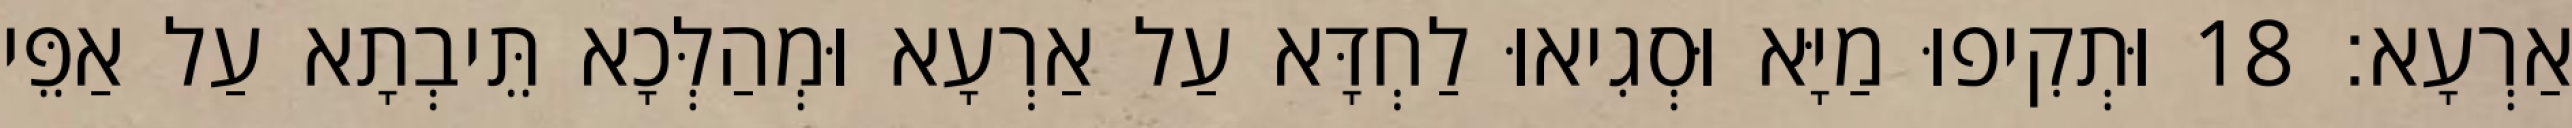
אַרְעָא׃ 18 וּתְקִיפוּ מַיָּא וּסְגִיאוּ לַחְדָּא עַל אַרְעָא וּמְהַלְּכָא תֵּיבְתָא עַל אַפֵּי